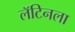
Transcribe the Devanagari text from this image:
लॅटिनला